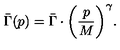
\bar { \Gamma } ( p ) = \bar { \Gamma } \cdot \biggl ( \frac { p } { M } \biggr ) ^ { \gamma } .